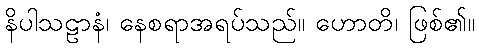
နိပါသဠာနံ၊ နေစရာအရပ်သည်။ ဟောတိ၊ ဖြစ်၏။